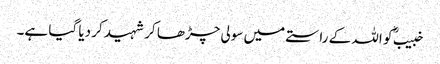
خبیبؓ کو اللہ کے راستے میں سولی چڑھا کر شہید کر دیا گیا ہے۔